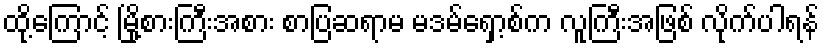
ထို့ကြောင့် မြို့စားကြီးအစား စာပြဆရာမ မဒမ်ရှော့စ်က လူကြီးအဖြစ် လိုက်ပါရန်